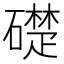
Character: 礎